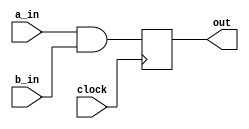
module and_latch(
    clock,
	a_in,
	b_in,
	out
);

    // SIGNAL DECLARATIONS
    input	clock;
    input	a_in;
    input	b_in;

    output	out;

    // ASSIGN STATEMENTS
    always @(posedge clock)
    begin
        out <= a_in & b_in;
    end

endmodule